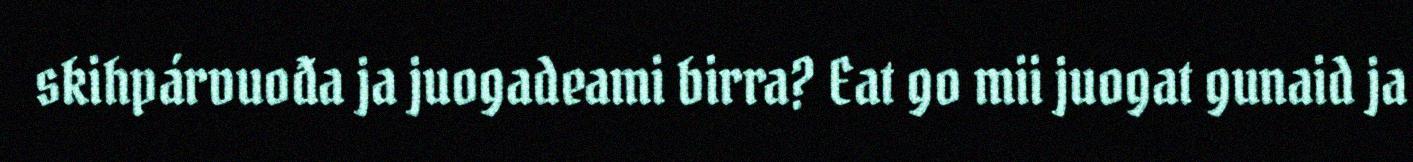
skihpárvuođa ja juogadeami birra? Eat go mii juogat gunaid ja